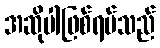
အဆိုပါဖြစ်ရပ်သည်